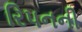
રિપનની